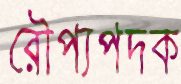
রৌপ্যপদক